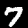
Digit: 7